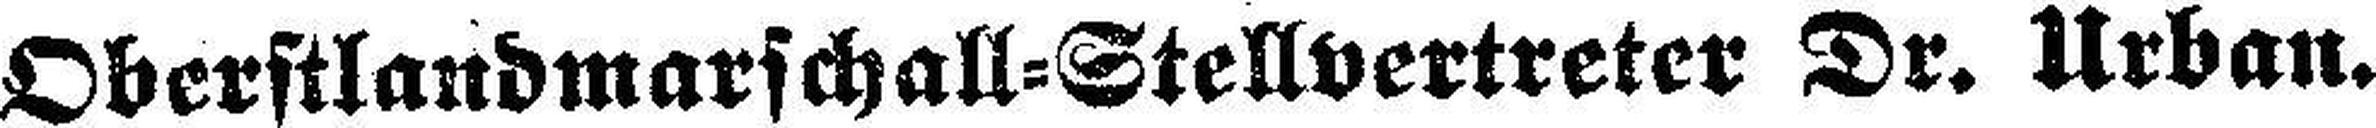
Oberstlandmarschall=Stellvertreter Dr. Urban.